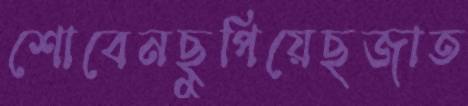
শোবেনছুপিয়েছজাত